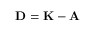
\bf { D } = \bf { K } - \bf { A }